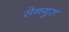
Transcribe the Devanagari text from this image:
सेनगुरु